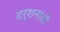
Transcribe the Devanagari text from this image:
दर्शनासी